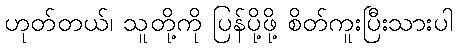
ဟုတ်တယ်၊ သူတို့ကို ပြန်ပို့ဖို့ စိတ်ကူးပြီးသားပါ